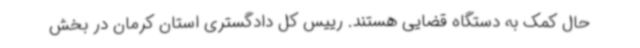
حال کمک به دستگاه قضایی هستند. رییس کل دادگستری استان کرمان در بخش